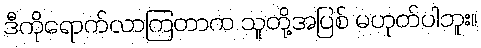
ဒီကိုရောက်လာကြတာက သူတို့အပြစ် မဟုတ်ပါဘူး။